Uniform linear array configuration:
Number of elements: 64
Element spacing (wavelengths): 1
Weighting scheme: blackman
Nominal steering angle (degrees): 60
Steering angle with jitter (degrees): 58.423
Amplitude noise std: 0.05
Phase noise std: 0.05

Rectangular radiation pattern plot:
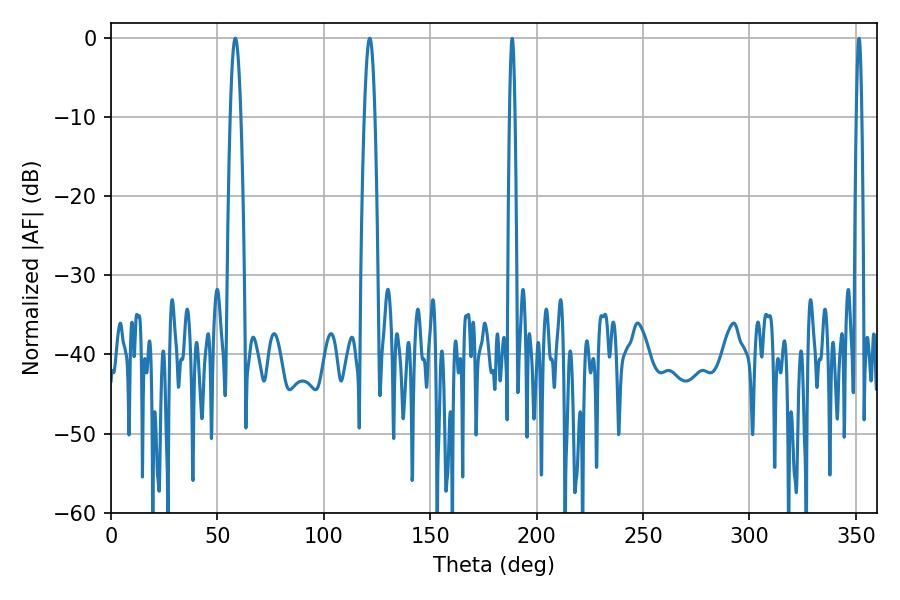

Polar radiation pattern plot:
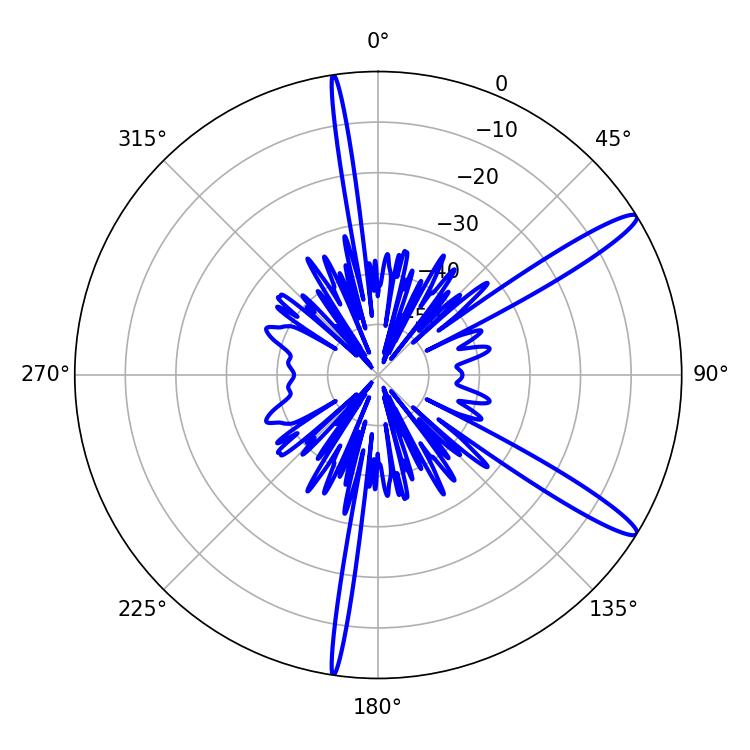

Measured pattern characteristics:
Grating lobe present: TRUE
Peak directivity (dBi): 13.913
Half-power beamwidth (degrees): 2.7
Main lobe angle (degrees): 58.5